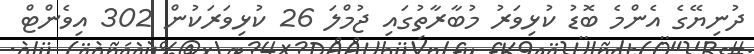
ދުނިޔޭގެ އެންމެ ބޮޑު ކުޅިވަރު މުބާރާތުގައި ޖުމްލަ 26 ކުޅިވަރަކުން 302 އިވެންޓް